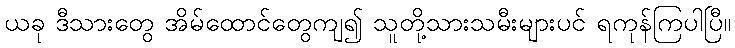
ယခု ဒီသားတွေ အိမ်ထောင်တွေကျ၍ သူတို့သားသမီးများပင် ရကုန်ကြပါပြီ။